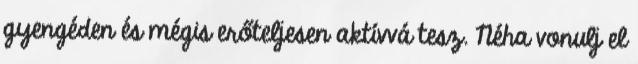
gyengéden és mégis erőteljesen aktívvá tesz. Néha vonulj el